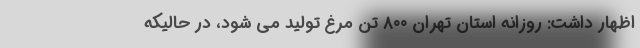
اظهار داشت:‌ روزانه استان تهران ۸۰۰ تن مرغ تولید می شود، در حالیکه